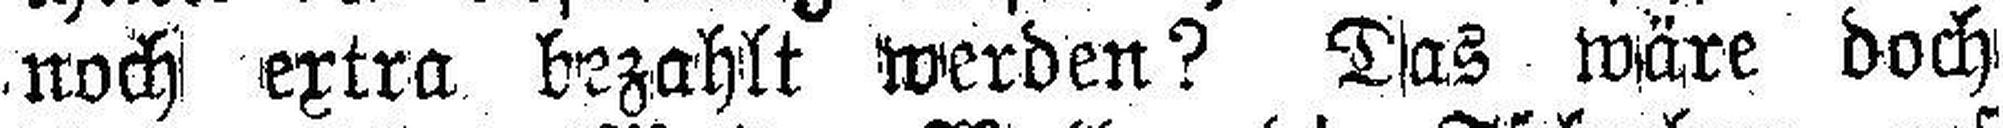
noch extra bezahlt werden? Das wäre doch